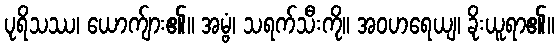
ပုရိသဿ၊ ယောက်ျား၏။ အမ္ဗံ၊ သရက်သီးကို။ အဝဟရေယျ၊ ခိုးယူရာ၏။